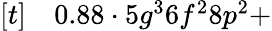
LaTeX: \begin{array}{rl}{[t]}&{{}0.88\cdot 5g^{3}6f^{2}8p^{2}+}\end{array}